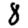
Digit: 8